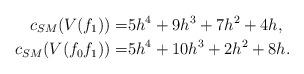
LaTeX: \begin{align*}c_{SM}(V(f_1))=&5h^4 + 9h^3 + 7h^2 + 4h, \\c_{SM}(V(f_0f_1))=&5h^4 + 10h^3 + 2h^2 + 8h.\end{align*}